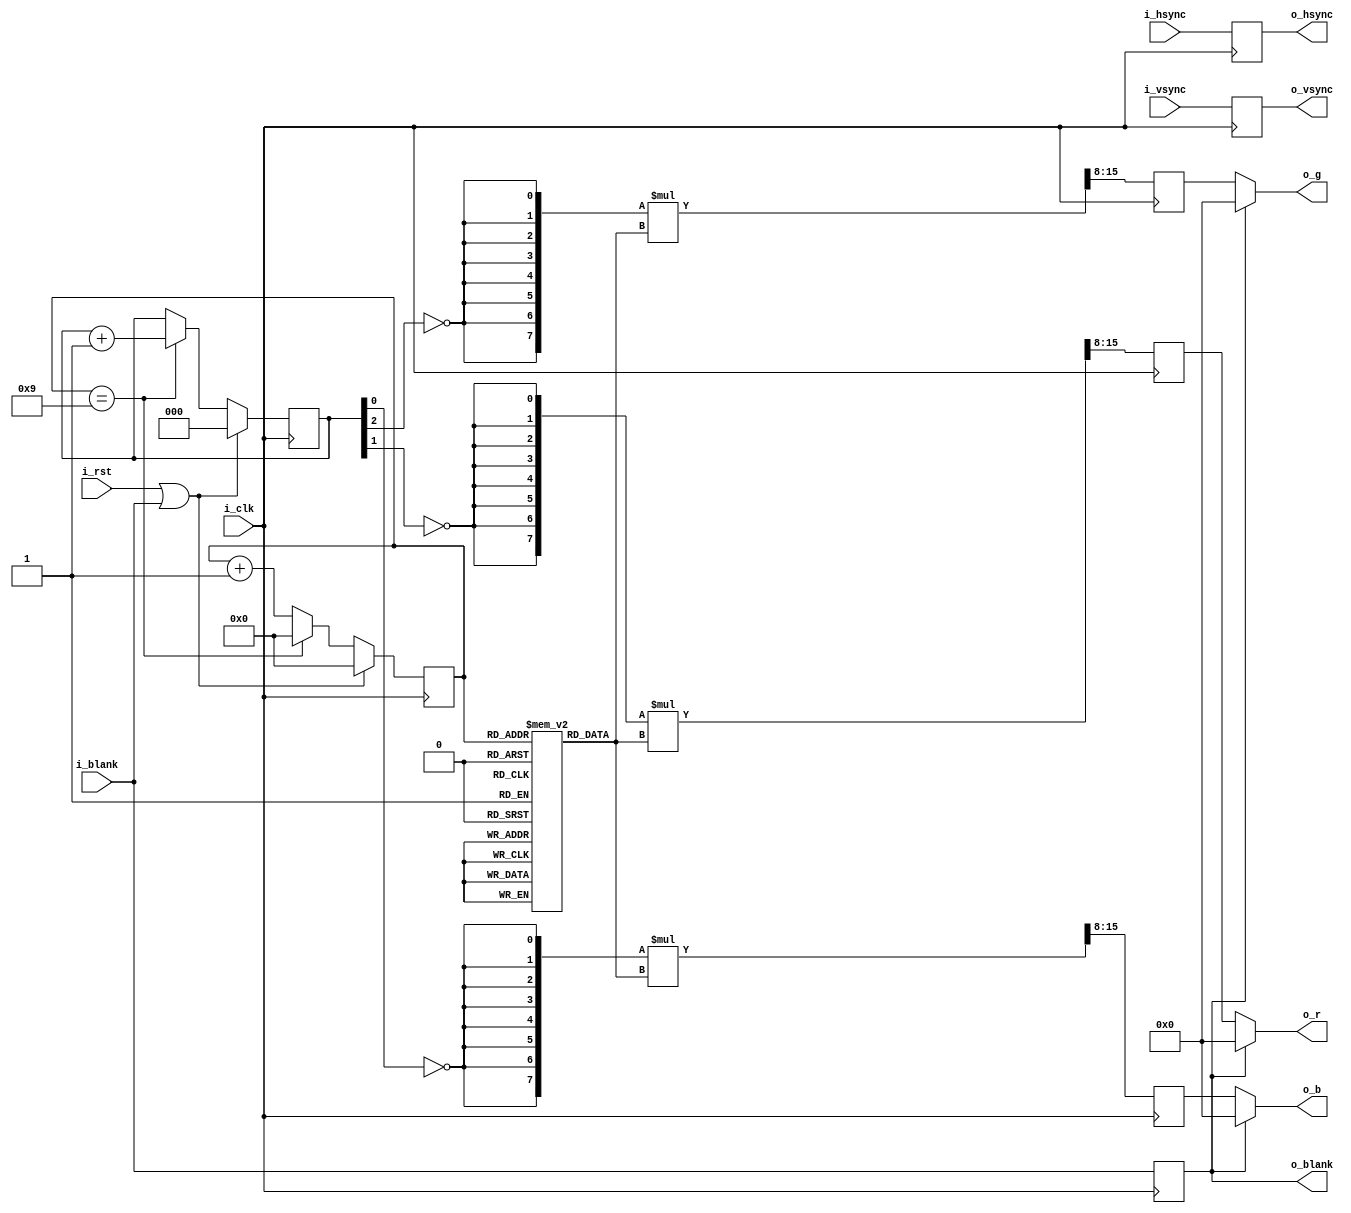
// This program was cloned from: https://github.com/trabucayre/fpgalibs
// License: MIT License

/*
 * color_bar.v
 *
 * Copyright (C) 2022  Gwenhael Goavec-Merou <gwenhael.goavec-merou@trabucayre.com>
 * SPDX-License-Identifier: MIT
 */

`default_nettype none

module color_bar #(
	parameter H_RES = 10,
		PIX_SZ = 8
) (
	input  wire              i_clk,
	input  wire              i_rst,
	input  wire              i_blank,
	input  wire              i_vsync,
	input  wire              i_hsync,
	output reg              o_blank,
	output reg              o_vsync,
	output reg              o_hsync,
	output wire [PIX_SZ-1:0] o_r,
	output wire [PIX_SZ-1:0] o_g,
	output wire [PIX_SZ-1:0] o_b
);

	localparam      H_CNT    = $clog2(H_RES);
	localparam real GAIN     = 255;
	localparam real OFFSET   = 2;
	localparam real BAR_LEN  = H_RES;
	localparam real TIME_LEN = BAR_LEN + (OFFSET * 2);

`define MATH_PI 3.14159265358979323846264338325790288419716

	reg [PIX_SZ-1:0] sin_rom [0:H_RES-1];

	integer j;
	initial begin
		for(j = 0; j < H_RES; j = j+1)
    		sin_rom[j] = $rtoi($ceil($sin((j+OFFSET) * (`MATH_PI / TIME_LEN)) * GAIN));
	end
	
	reg [2:0] bar_id;    // bar id
	reg [H_CNT-1:0] pos; // pixel count by bar
	always @(posedge i_clk) begin
		pos <= pos + 1'b1;
		if (pos == H_RES - 1) begin
			bar_id <= bar_id + 1'b1;
			pos <= 0;
		end
		if (i_rst | i_blank) begin
			bar_id <= 3'b0;
			pos <= 0;
		end
	end

	wire [    PIX_SZ-1:0] rom_val = sin_rom[pos];
	wire [    PIX_SZ-1:0]     b_s = {PIX_SZ{~bar_id[0]}};
	wire [    PIX_SZ-1:0]     g_s = {PIX_SZ{~bar_id[2]}};
	wire [    PIX_SZ-1:0]     r_s = {PIX_SZ{~bar_id[1]}};
	wire [(2*PIX_SZ)-1:0]    b2_s = b_s * rom_val;
	wire [(2*PIX_SZ)-1:0]    g2_s = g_s * rom_val;
	wire [(2*PIX_SZ)-1:0]    r2_s = r_s * rom_val;
	wire [PIX_SZ-1:0]        b3_s = b2_s[(2*PIX_SZ)-1:PIX_SZ];
	wire [PIX_SZ-1:0]        g3_s = g2_s[(2*PIX_SZ)-1:PIX_SZ];
	wire [PIX_SZ-1:0]        r3_s = r2_s[(2*PIX_SZ)-1:PIX_SZ];

	reg  [PIX_SZ-1:0]        bd_s;
	reg  [PIX_SZ-1:0]        gd_s;
	reg  [PIX_SZ-1:0]        rd_s;

	always @(posedge i_clk) begin
		bd_s    = b3_s;
		gd_s    = g3_s;
		rd_s    = r3_s;
		o_blank = i_blank;
		o_vsync = i_vsync;
		o_hsync = i_hsync;
	end

	assign o_b = (o_blank) ? {PIX_SZ{1'b0}} : bd_s;
	assign o_g = (o_blank) ? {PIX_SZ{1'b0}} : gd_s;
	assign o_r = (o_blank) ? {PIX_SZ{1'b0}} : rd_s;

endmodule